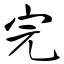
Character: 完